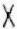
X